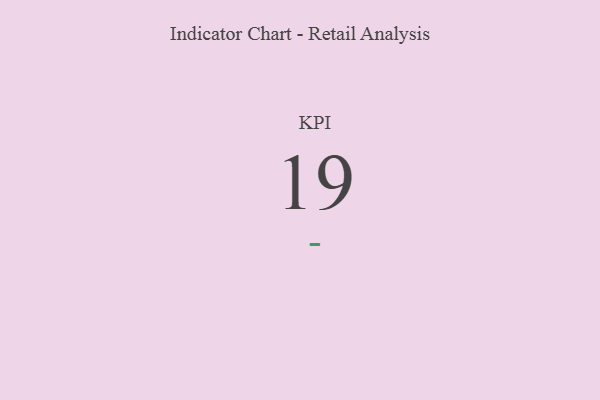
{"axis": {"x": "KPI", "y": "Value"}, "legend": [""], "data": [{"x": "KPI", "y": 19, "type": ""}]}